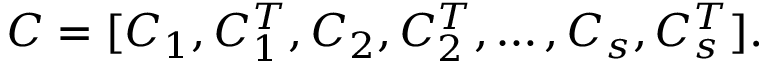
C = [ C _ { 1 } , C _ { 1 } ^ { T } , C _ { 2 } , C _ { 2 } ^ { T } , \dots , C _ { s } , C _ { s } ^ { T } ] .